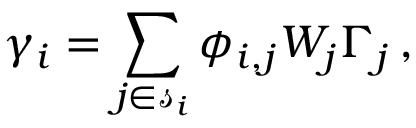
\gamma _ { i } = \sum _ { j \in \mathscr { s } _ { i } } \phi _ { i , j } W _ { j } \Gamma _ { j } \, ,